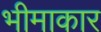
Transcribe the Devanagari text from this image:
भीमाकार